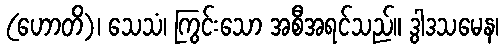
(ဟောတိ)၊ သေသံ၊ ကြွင်းသော အစီအရင်သည်။ ဒွါဒသမေန၊